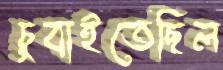
চুবাইতেছিল